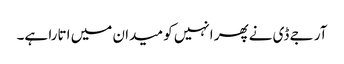
آر جے ڈی نےپھر انہیں کو میدان میں اتارا ہے۔